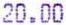
20.00